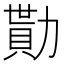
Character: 勩